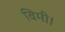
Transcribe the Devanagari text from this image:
विमी।